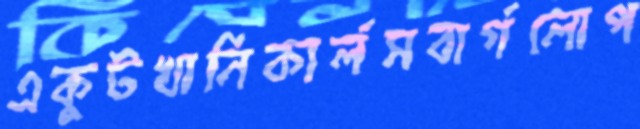
একুটখানিকার্লসবার্গলোপ